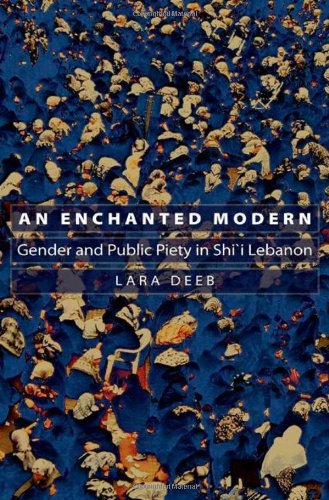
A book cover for An Enchanted Modern: Gender and Public Piety in Shi'i Lebanon (Princeton Studies in Muslim Politics); Lara Deeb; History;